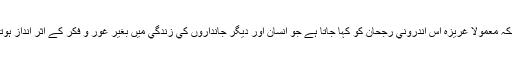
انسان كي اس طاقت كو ”غريزہ“ كا نام دينا بہت مشكل ہے كيونكہ معمولاً غريزہ اس اندروني رجحان كو كہا جاتا ہے جو انسان اور ديگر جانداروں كي زندگي ميں بغير غور و فكر كے اثر انداز ہوتا ہے اسي وجہ سے حيوانات كے يہاں بھي غريزہ پايا جاتا ہے۔